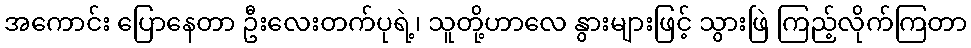
အကောင်း ပြောနေတာ ဦးလေးတက်ပုရဲ့၊ သူတို့ဟာလေ နွားများဖြင့် သွားဖြဲ ကြည့်လိုက်ကြတာ